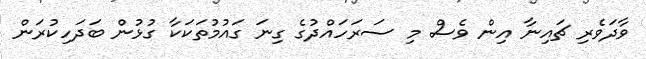
ވާދަވެރި ޗައިނާ އިން ވެސް މި ސަރަހައްދުގެ ގިނަ ގައުމުތަކަކާ ގުޅުން ބަދަހިކުރަން